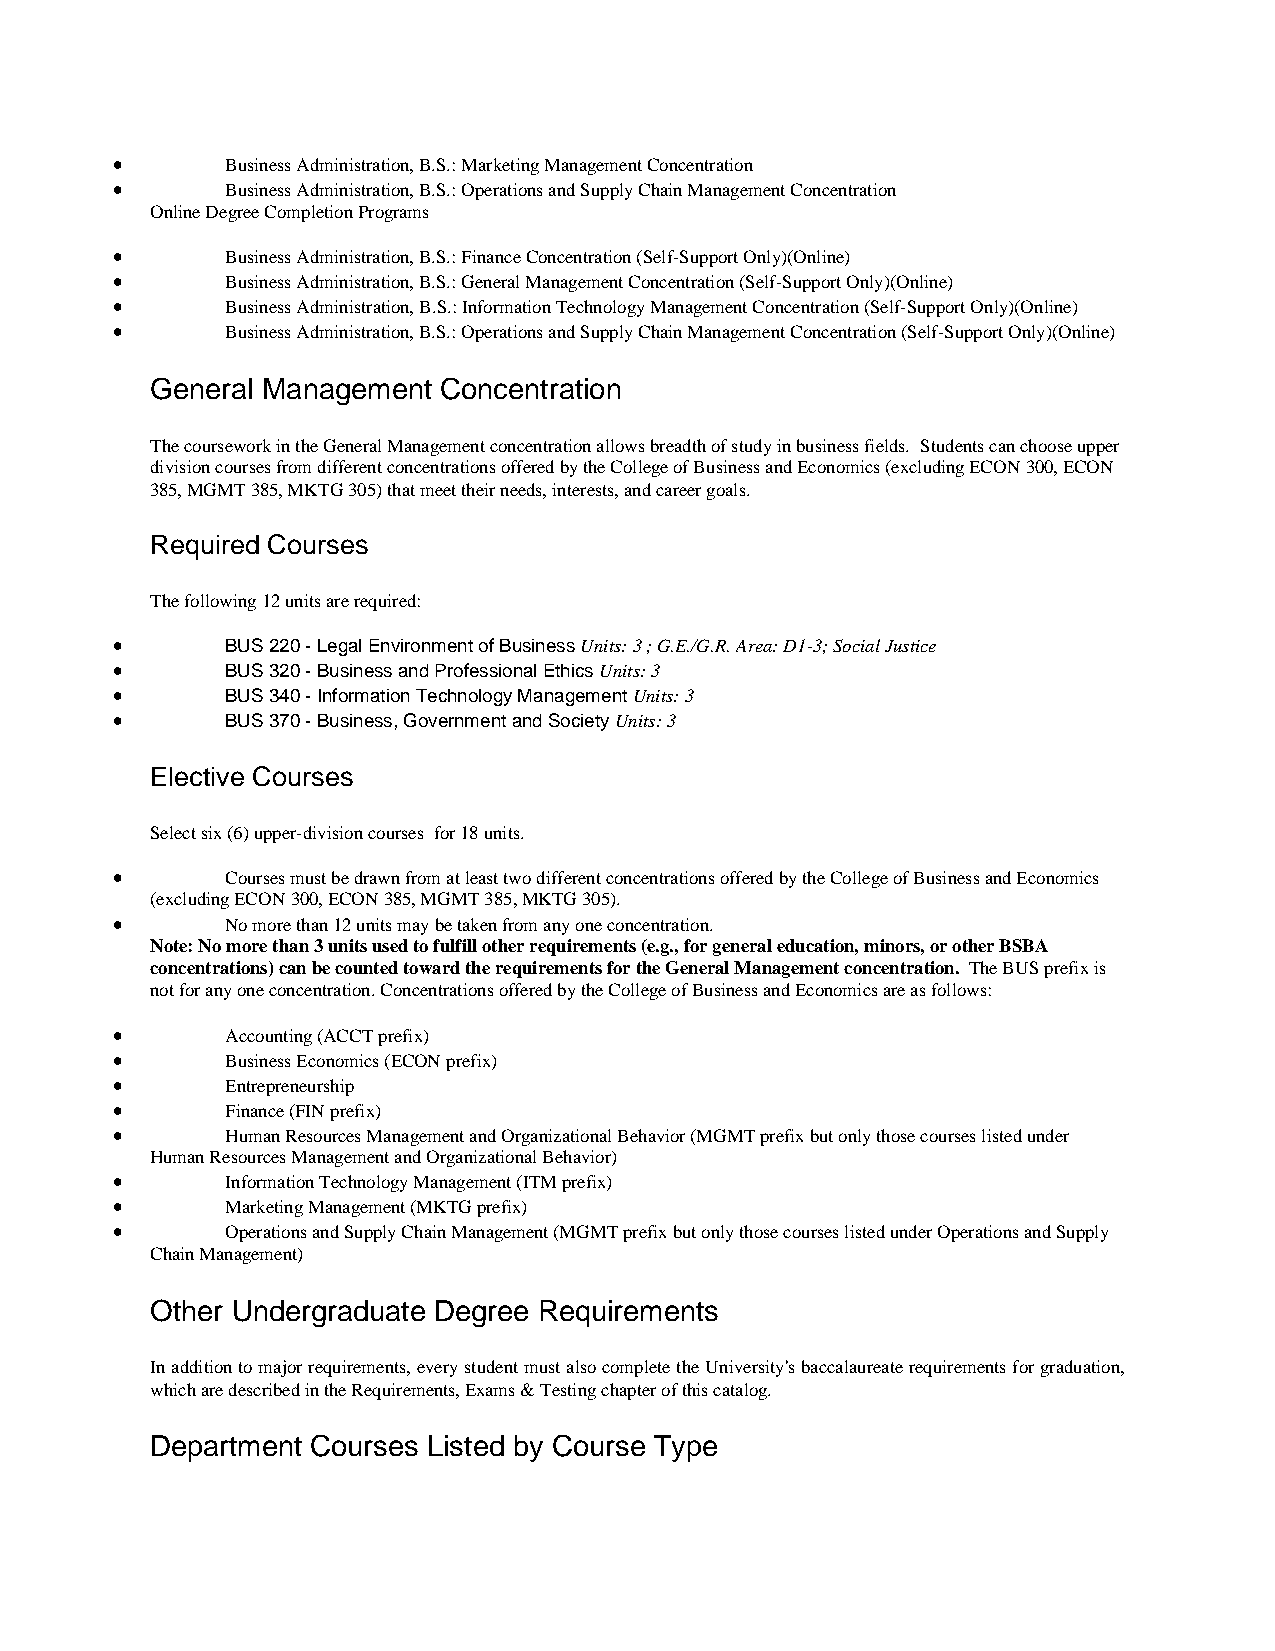
•       Business Administration, B.S.: Marketing Management Concentration
 •       Business Administration, B.S.: Operations and Supply Chain Management Concentration
 Online Degree Completion Programs
 •       Business Administration, B.S.: Finance Concentration (Self-Support Only)(Online)
 •       Business Administration, B.S.: General Management Concentration (Self-Support Only)(Online)
 •       Business Administration, B.S.: Information Technology Management Concentration (Self-Support Only)(Online)
 •       Business Administration, B.S.: Operations and Supply Chain Management Concentration (Self-Support Only)(Online)
 General Management Concentration
 The coursework in the General Management concentration allows breadth of study in business fields. Students can choose upper
 division courses from different concentrations offered by the College of Business and Economics (excluding ECON 300, ECON
 385, MGMT 385, MKTG 305) that meet their needs, interests, and career goals.
 Required Courses
 The following 12 units are required:
 •       BUS 220 - Legal Environment of Business Units: 3 ; G.E./G.R. Area: D1-3; Social Justice
 •       BUS 320 - Business and Professional Ethics Units: 3
 •       BUS 340 - Information Technology Management Units: 3
 •       BUS 370 - Business, Government and Society Units: 3
 Elective Courses
 Select six (6) upper-division courses for 18 units.
 •       Courses must be drawn from at least two different concentrations offered by the College of Business and Economics
 (excluding ECON 300, ECON 385, MGMT 385, MKTG 305).
 •       No more than 12 units may be taken from any one concentration.
 Note: No more than 3 units used to fulfill other requirements (e.g., for general education, minors, or other BSBA
 concentrations) can be counted toward the requirements for the General Management concentration. The BUS prefix is
 not for any one concentration. Concentrations offered by the College of Business and Economics are as follows:
 •       Accounting (ACCT prefix)
 •       Business Economics (ECON prefix)
 •       Entrepreneurship
 •       Finance (FIN prefix)
 •       Human Resources Management and Organizational Behavior (MGMT prefix but only those courses listed under
 Human Resources Management and Organizational Behavior)
 •       Information Technology Management (ITM prefix)
 •       Marketing Management (MKTG prefix)
 •       Operations and Supply Chain Management (MGMT prefix but only those courses listed under Operations and Supply
 Chain Management)
 Other Undergraduate Degree Requirements
 In addition to major requirements, every student must also complete the University's baccalaureate requirements for graduation,
 which are described in the Requirements, Exams & Testing chapter of this catalog.
 Department Courses Listed by Course Type